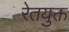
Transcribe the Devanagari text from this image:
रेतयुक्त